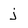
Character: j